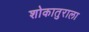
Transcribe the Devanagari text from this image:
शोकातुराला